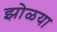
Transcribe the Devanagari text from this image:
झोळया